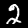
Digit: 2